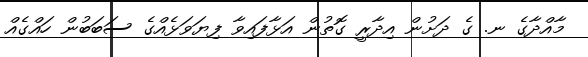
މާއްދާގެ ނ. ގެ ދަށުން އިދާރީ ގޮތުން އަޅާފައިވާ ފިޔަވަޅެއްގެ ސަބަބުން ހައްގެއް